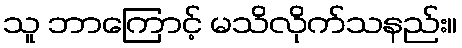
သူ ဘာကြောင့် မသိလိုက်သနည်း။